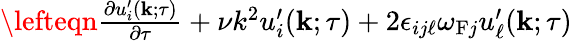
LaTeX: \begin{array}{rlr}{\lefteqn{\frac{\partial u_{i}^{\prime}({\mathbf{k}};\tau)}{\partial\tau}+\nu k^{2}u_{i}^{\prime}({\mathbf{k}};\tau)+2\epsilon_{ij\ell}\omega_{\mathrm{{F}}j}u_{\ell}^{\prime}({\mathbf{k}};\tau)}}\end{array}